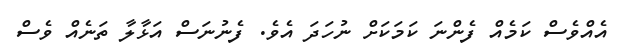
އެއްވެސް ކަމެއް ފެންނަ ކަމަކަށް ނުހަދަ އެވެ. ފެނުނަސް އަޅާލާ ތަނެއް ވެސް